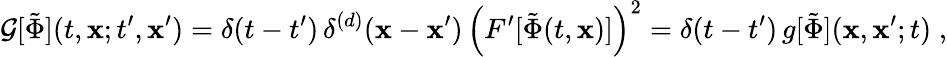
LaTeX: {\cal G}[\tilde{\Phi}](t,{\mathbf x};t^{\prime},{\mathbf x}^{\prime})=\delta(t-t^{\prime})\, \delta^{(d)}({\mathbf x}-{\mathbf x}^{\prime})\, \left(F^{\prime}[\tilde{\Phi}(t,{\mathbf x})]\right)^{2}=\delta(t-t^{\prime})\, g[\tilde{\Phi}]({\mathbf x},{\mathbf x}^{\prime};t)\; ,